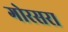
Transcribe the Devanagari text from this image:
गोरसरा